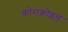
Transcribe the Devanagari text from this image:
कोराकोइड